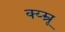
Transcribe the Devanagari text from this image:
क्य्म्रू